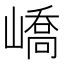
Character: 嶠